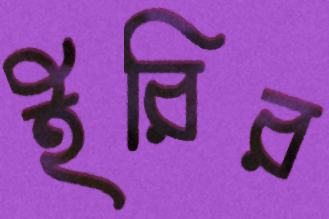
ইরির